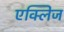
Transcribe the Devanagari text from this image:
एक्लिज